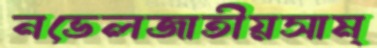
নভেলজাতীয়সাম্‌